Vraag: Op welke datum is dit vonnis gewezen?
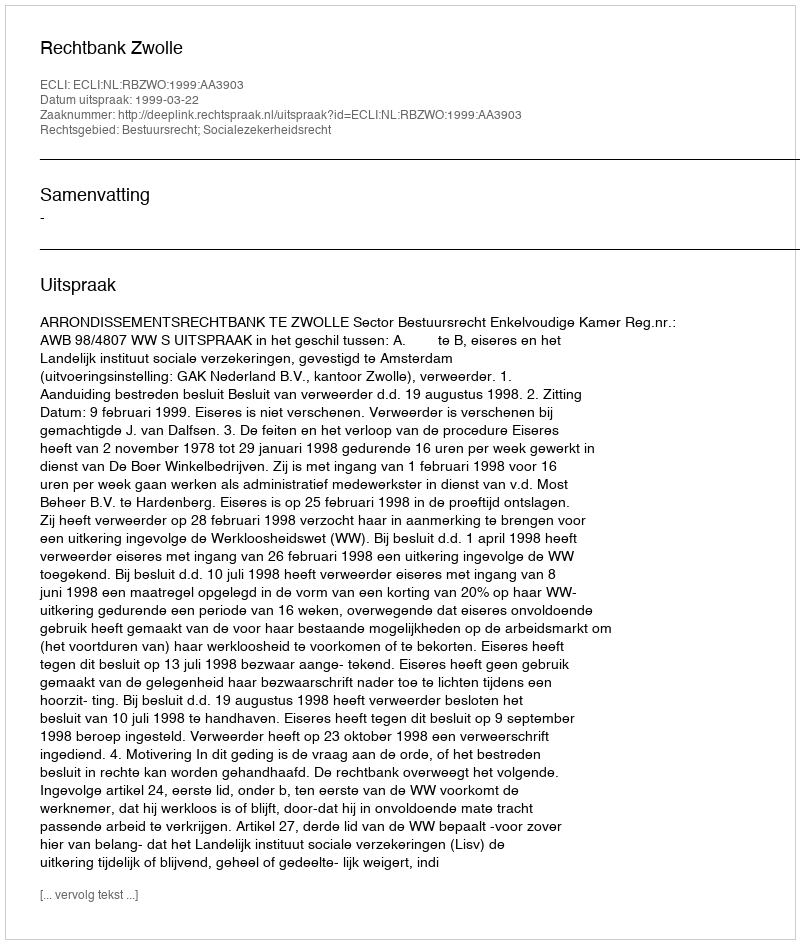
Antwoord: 1999-03-22